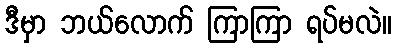
ဒီမှာ ဘယ်လောက် ကြာကြာ ရပ်မလဲ။